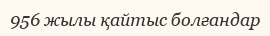
956 жылы қайтыс болғандар